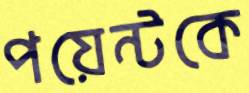
পয়েন্টকে